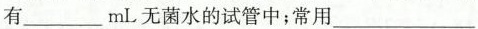
有___mL无菌水的试管中；常用___